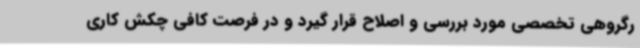
رگروهی تخصصی مورد بررسی و اصلاح قرار گیرد و در فرصت کافی چکش کاری